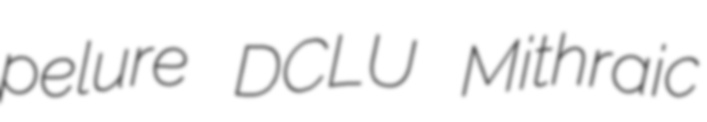
pelure DCLU Mithraic